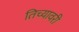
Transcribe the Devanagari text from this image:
तिच्यावरी